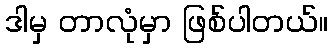
ဒါမှ တာလုံမှာ ဖြစ်ပါတယ်။